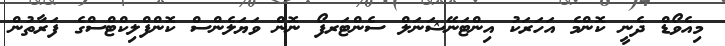
މިއެވޯޑް ދެނީ ކޮންމެ އަހަރަކު އިންޓަނޭޝަނަލް ސެންޓަރފޯ ނޮން ވަޔަލެންސް ކޮންފްލިކްޓްސްގެ ފަރާތުން